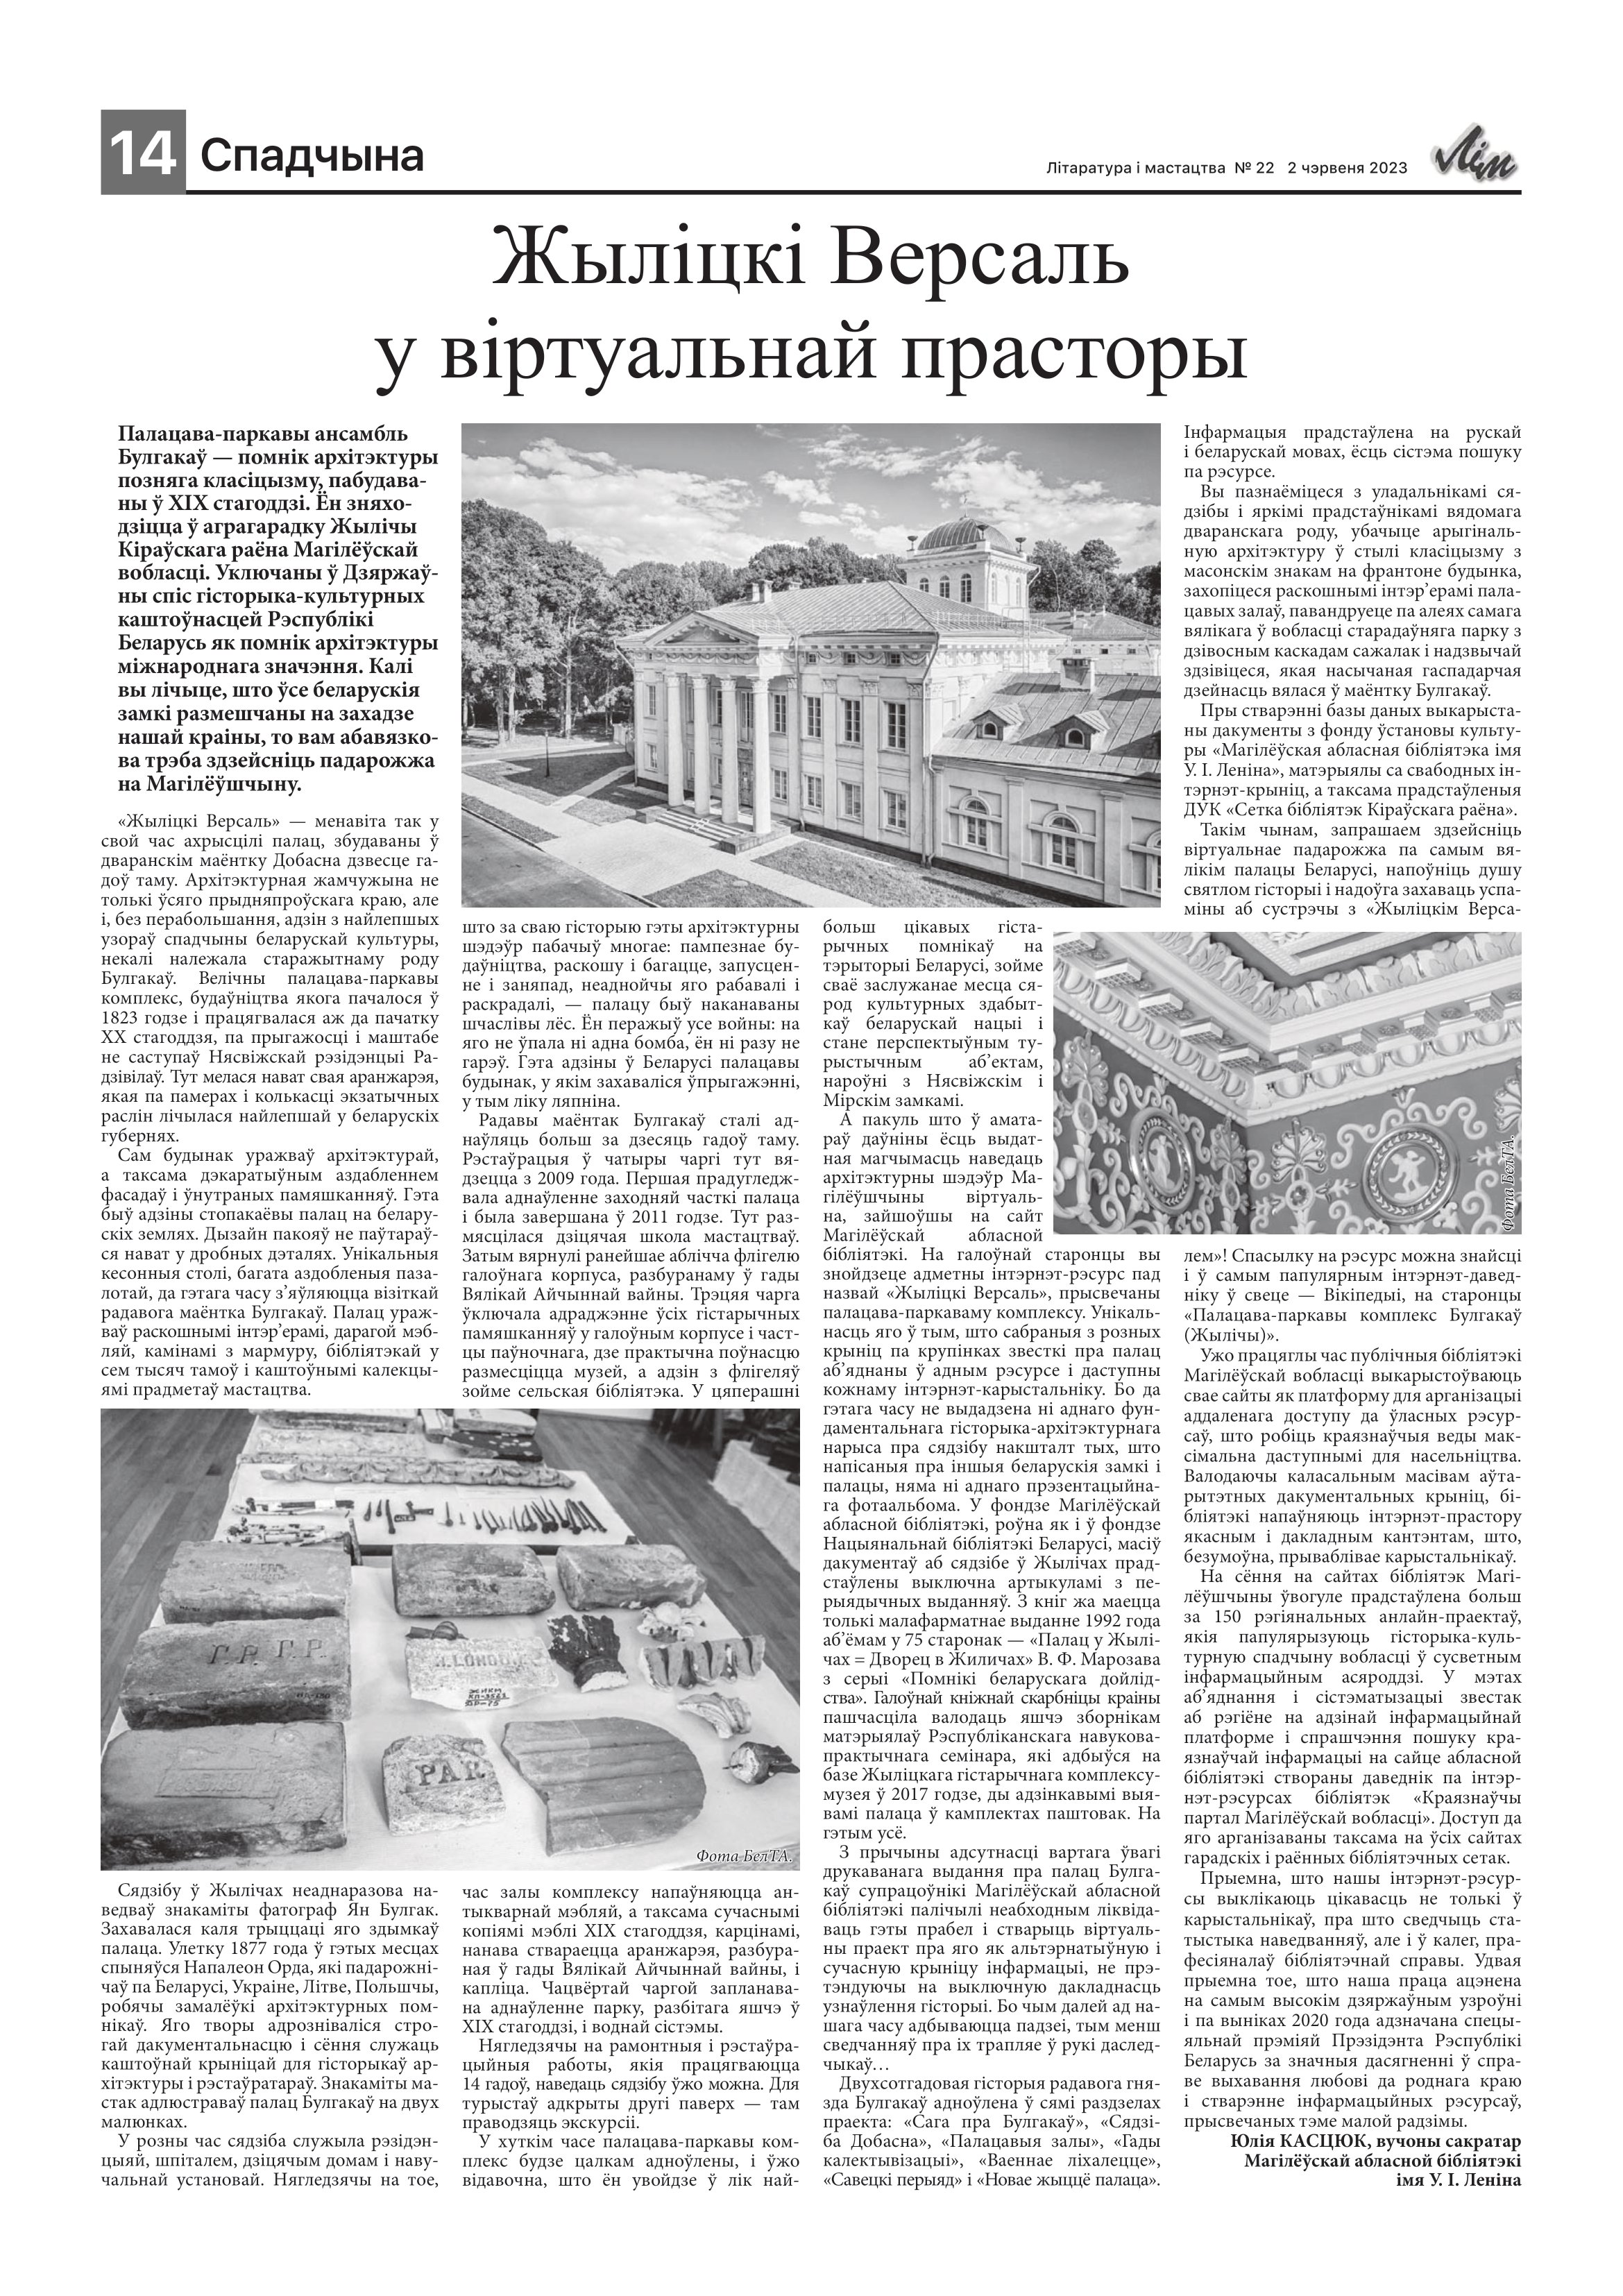
Language: be